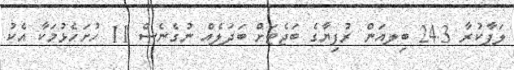
ލަފާކުރާ 24.3 ބިލއަން ރުފިޔާގެ ބަޖެޓަށް ބަދަލެއް ނުގެނެސް 11 ހުށަހެޅުމަކާ އެކު